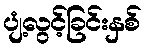
ပျံ့လွင့်ခြင်းနှစ်